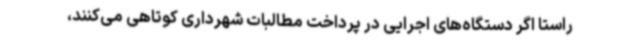
راستا اگر دستگاه‌های اجرایی در پرداخت مطالبات شهرداری کوتاهی می‌کنند،